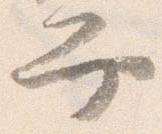
弁